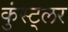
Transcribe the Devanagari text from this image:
कुंस्ट्लर